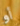
أو